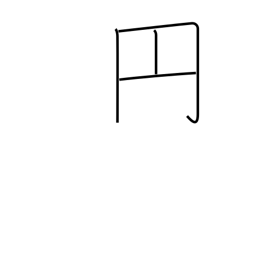
Meaning: round